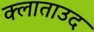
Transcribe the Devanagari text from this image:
क्लाताउद